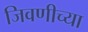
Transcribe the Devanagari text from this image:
जिवणीच्या